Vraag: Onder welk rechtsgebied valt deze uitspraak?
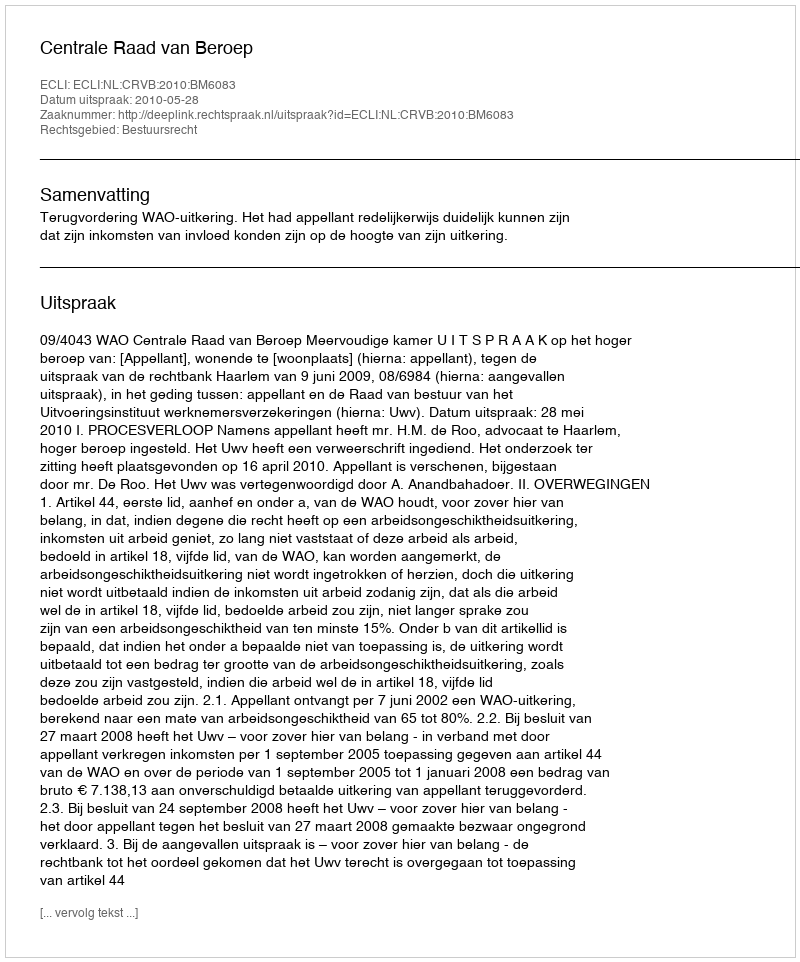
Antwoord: Bestuursrecht